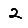
Digit: 2